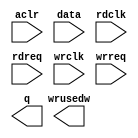
module Sdram_RD_FIFO (
	aclr,
	data,
	rdclk,
	rdreq,
	wrclk,
	wrreq,
	q,
	wrusedw);

	input	  aclr;
	input	[31:0]  data;
	input	  rdclk;
	input	  rdreq;
	input	  wrclk;
	input	  wrreq;
	output	[31:0]  q;
	output	[9:0]  wrusedw;
`ifndef ALTERA_RESERVED_QIS
// synopsys translate_off
`endif
	tri0	  aclr;
`ifndef ALTERA_RESERVED_QIS
// synopsys translate_on
`endif

endmodule